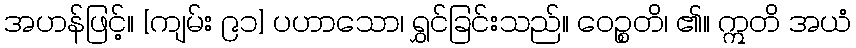
အဟန်ဖြင့်။ [ကျမ်း ၉၁] ပဟာသော၊ ရွှင်ခြင်းသည်။ ဝေဉ္စတိ၊ ၏။ ဣတိ အယံ